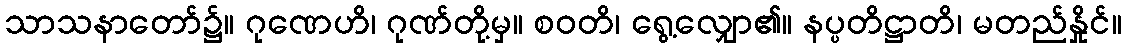
သာသနာတော်၌။ ဂုဏေဟိ၊ ဂုဏ်တို့မှ။ စဝတိ၊ ရွေ့လျှော၏။ နပ္ပတိဋ္ဌာတိ၊ မတည်နှိုင်။